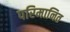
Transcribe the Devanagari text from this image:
परिमानित